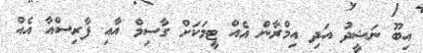
އިބޫ ނަޝީދު އަދި އިމްރާން އެއް ޓީމަކަށް ގާސިމް އާއި ފާރިސްއާ އެއް